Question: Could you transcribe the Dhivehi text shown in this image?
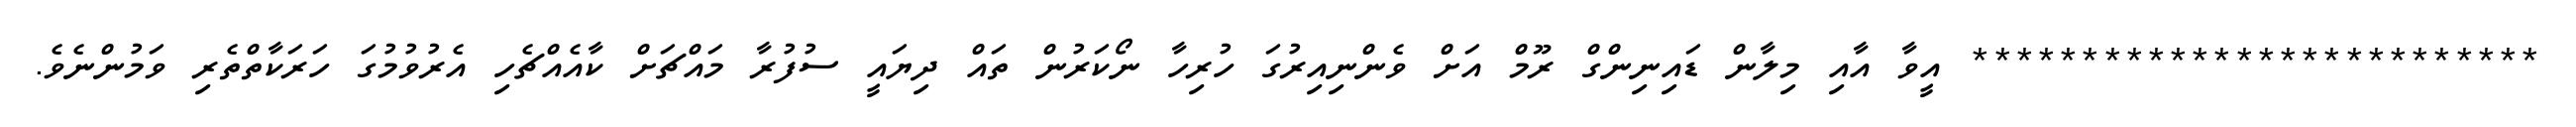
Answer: ************************** އީވާ އާއި މިލާން ޑައިނިންގް ރޫމް އަށް ވެންނިއިރުގަ ހުރިހާ ނޯކަރުން ތައް ދިޔައީ ސުފުރާ މައްޗަށް ކާއެއްޗެހި އެރުވުމުގަ ހަރަކާތްތެރި ވަމުންނެވެ.